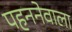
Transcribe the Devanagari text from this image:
पहननेवाला